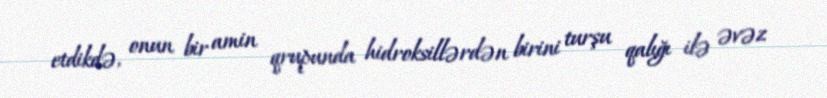
etdikdə, onun bir amin qrupunda hidroksillərdən birini turşu qalığı ilə əvəz